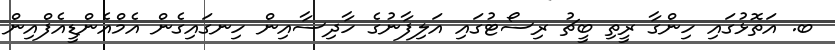
ބ. އަތޮޅުގައި ހިންގާ ރީތި ބީޗު ރިސޯޓުގައި އަލިފާނުގެ ހާދިސާއިން ހިނގައިގެން އެމްއެންޑީއެފްއިން